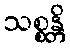
သစ္စန္တိ